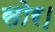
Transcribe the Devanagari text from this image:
सोर।